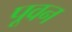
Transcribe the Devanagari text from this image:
पूवन